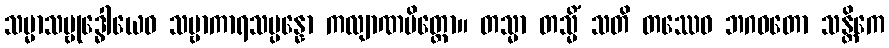
သမ္မာသမ္ဗုဒ္ဓေါယေဝ သဗ္ဗာကာရသမ္ပန္နော ကလျာဏမိတ္တော။ တသ္မာ တသ္မိံ သတိ တဿေဝ ဘဂဝတော သန္တိကေ